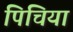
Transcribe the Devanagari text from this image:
पिचिया